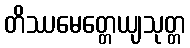
တိဿမေတ္တေယျသုတ္တ